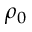
\rho _ { 0 }